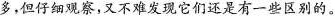
多，但仔细观察，又不难发现它们还是有一些区别的。